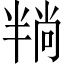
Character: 𪟶